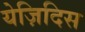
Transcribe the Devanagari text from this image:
येज़िदिस